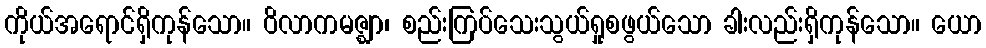
ကိုယ်အရောင်ရှိကုန်သော။ ဝိလာကမဇ္ဈာ၊ စည်းကြပ်သေးသွယ်ရှုစဖွယ်သော ခါးလည်းရှိကုန်သော။ ယော